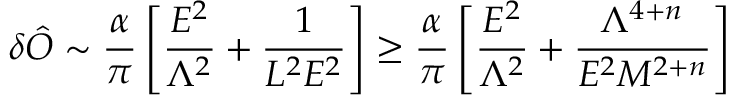
\delta \hat { O } \sim { \frac { \alpha } { \pi } } \left[ { \frac { E ^ { 2 } } { \Lambda ^ { 2 } } } + { \frac { 1 } { L ^ { 2 } E ^ { 2 } } } \right] \geq { \frac { \alpha } { \pi } } \left[ { \frac { E ^ { 2 } } { \Lambda ^ { 2 } } } + { \frac { \Lambda ^ { 4 + n } } { E ^ { 2 } M ^ { 2 + n } } } \right]